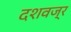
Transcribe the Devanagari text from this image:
दशवज्र